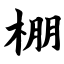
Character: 棚